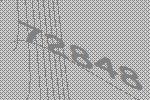
72848